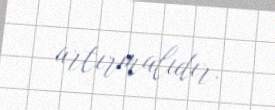
artırmalıdır.